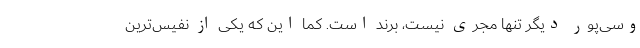
وسی‌پور دیگر تنها مجری نیست، برند است. کما این که یکی از نفیس‌ترین